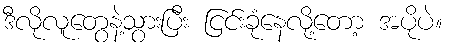
ဒီလိုလူတွေနဲ့သွားပြီး ငြင်းခုံနေလို့တော့ အပိုပဲ။